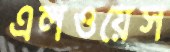
এলওয়েস